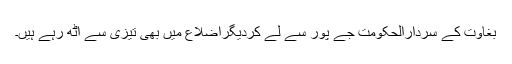
بغاوت کے سُردارالحکومت جے پور سے لے کردیگراضلاع میں بھی تیزی سے اٹھ رہے ہیں۔